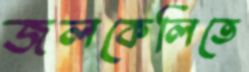
জলকেলিতে